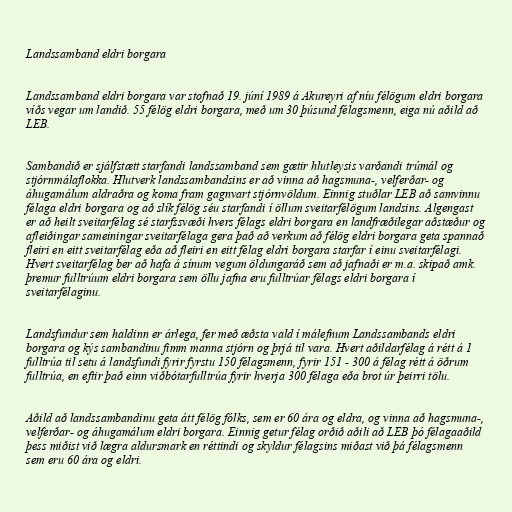
Landssamband eldri borgara

Landssamband eldri borgara var stofnað 19. júní 1989 á Akureyri af níu félögum eldri borgara
víðs vegar um landið. 55 félög eldri borgara, með um 30 þúsund félagsmenn, eiga nú aðild að
LEB.

Sambandið er sjálfstætt starfandi landssamband sem gætir hlutleysis varðandi trúmál og
stjórnmálaflokka. Hlutverk landssambandsins er að vinna að hagsmuna-, velferðar- og
áhugamálum aldraðra og koma fram gagnvart stjórnvöldum. Einnig stuðlar LEB að samvinnu
félaga eldri borgara og að slík félög séu starfandi í öllum sveitarfélögum landsins. Algengast
er að heilt sveitarfélag sé starfssvæði hvers félags eldri borgara en landfræðilegar aðstæður og
afleiðingar sameiningar sveitarfélaga gera það að verkum að félög eldri borgara geta spannað
fleiri en eitt sveitarfélag eða að fleiri en eitt félag eldri borgara starfar í einu sveitarfélagi.
Hvert sveitarfélag ber að hafa á sínum vegum öldungaráð sem að jafnaði er m.a. skipað amk.
þremur fulltrúum eldri borgara sem öllu jafna eru fulltrúar félags eldri borgara í
sveitarfélaginu.

Landsfundur sem haldinn er árlega, fer með æðsta vald í málefnum Landssambands eldri
borgara og kýs sambandinu fimm manna stjórn og þrjá til vara. Hvert aðildarfélag á rétt á 1
fulltrúa til setu á landsfundi fyrir fyrstu 150 félagsmenn, fyrir 151 - 300 á félag rétt á öðrum
fulltrúa, en eftir það einn viðbótarfulltrúa fyrir hverja 300 félaga eða brot úr þeirri tölu.

Aðild að landssambandinu geta átt félög fólks, sem er 60 ára og eldra, og vinna að hagsmuna-,
velferðar- og áhugamálum eldri borgara. Einnig getur félag orðið aðili að LEB þó félagaaðild
þess miðist við lægra aldursmark en réttindi og skyldur félagsins miðast við þá félagsmenn
sem eru 60 ára og eldri.